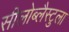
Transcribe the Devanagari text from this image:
सीलोब्लैस्टुला